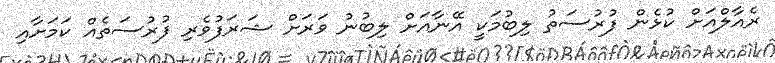
ރެއާލްއަށް ކުޅެން ފުރުސަތު ލިބުމަކީ އޭނާއަށް ލިބުނު ވަރަށް ޝަރަފުވެރި ފުރުސަތެއް ކަމަށާއި